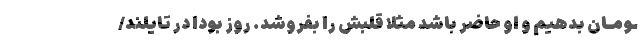
ـومـان بدهیم و او حاضر باشد مثلا قلبش را بفروشد. روز بودا در تایلند/